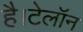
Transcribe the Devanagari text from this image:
है।टेलॉन